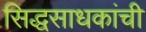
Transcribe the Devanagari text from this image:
सिद्धसाधकांची